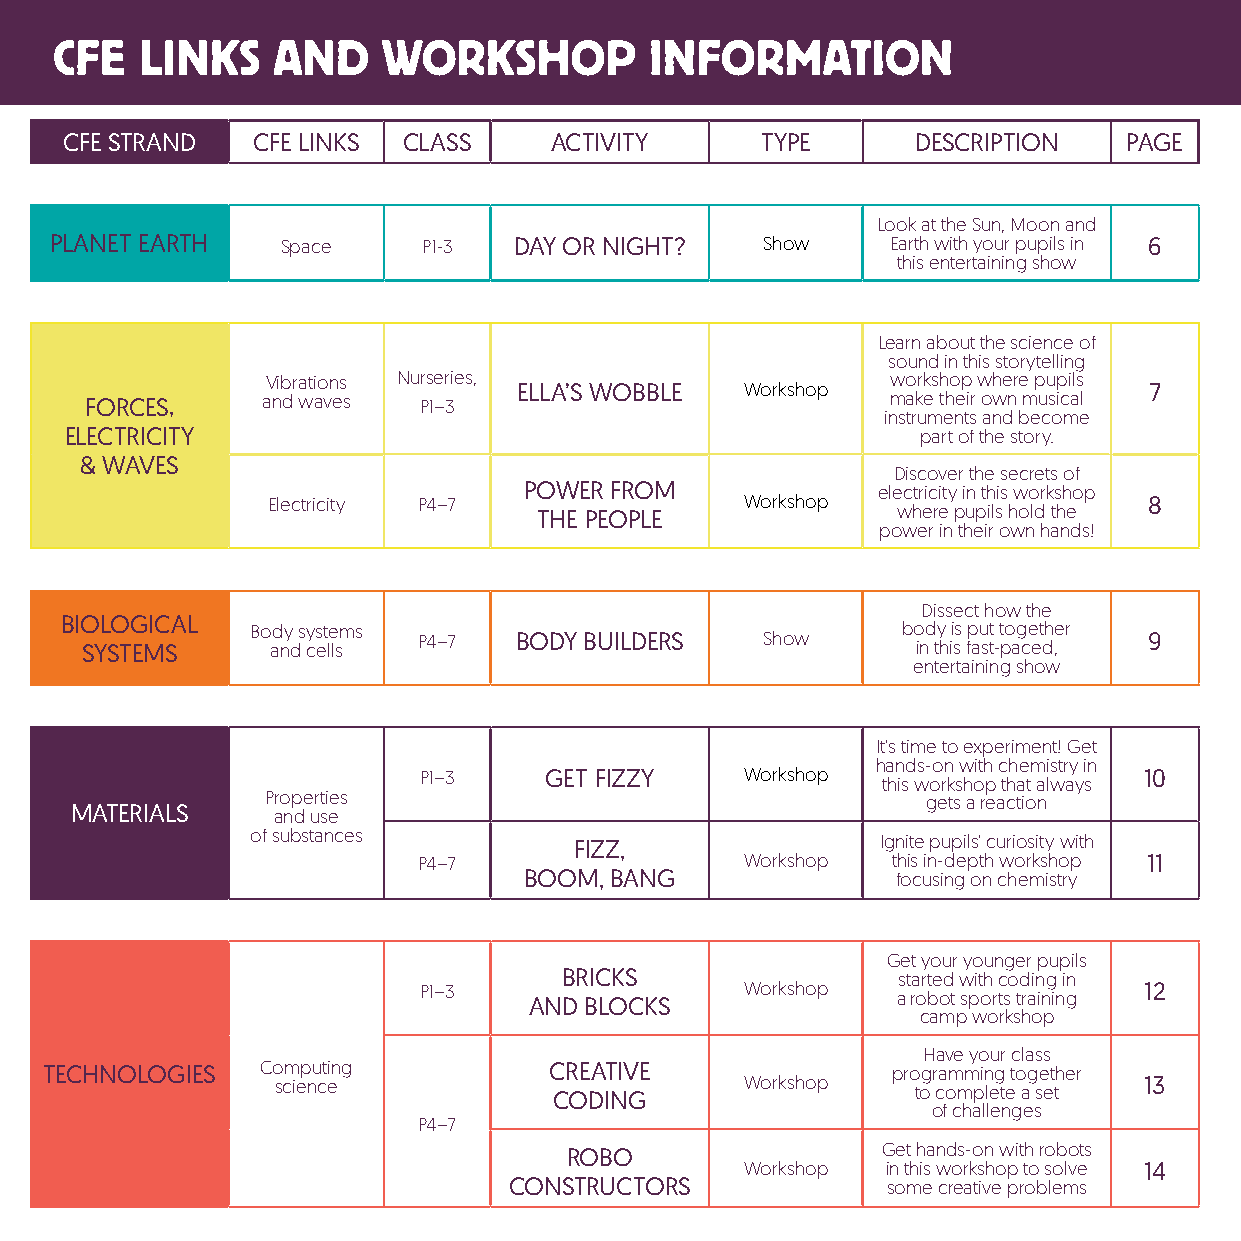
CFE  LINKS    AND    WORKSHOP          INFORMATION
 CFE STRAND   CFE LINKS CLASS    ACTIVITY      TYPE       DESCRIPTION   PAGE
 Look at the Sun, Moon and
 PLANET EARTH    Space    P1-3  DAY OR NIGHT?   Show     Earth with your pupils in 6
 this entertaining show
 Learn about the science of
 sound in this storytelling
 Vibrations Nurseries,                    workshop where pupils
 ELLA’S WOBBLE  Workshop                   7
 FORCES,    and waves  P1–3                           make their own musical
 instruments and become
 ELECTRICITY                                              part of the story.
 & WAVES
 Discover the secrets of
 POWER FROM             electricity in this workshop
 Electricity P4–7               Workshop                   8
 THE PEOPLE             where pupils hold the
 power in their own hands!
 Dissect how the
 BIOLOGICAL
 Body systems                               body is put together
 P4–7  BODY BUILDERS   Show                      9
 SYSTEMS      and cells                                  in this fast-paced,
 entertaining show
 It’s time to experiment! Get
 hands-on with chemistry in
 P1–3    GET FIZZY    Workshop                   10
 this workshop that always
 Properties                                 gets a reaction
 MATERIALS    and use
 of substances
 FIZZ,               Ignite pupils’ curiosity with
 P4–7                 Workshop  this in-depth workshop 11
 BOOM, BANG              focusing on chemistry
 Get your younger pupils
 BRICKS                started with coding in
 P1–3                 Workshop                   12
 AND BLOCKS              a robot sports training
 camp workshop
 Have your class
 TECHNOLOGIES  Computing          CREATIVE               programming together
 science            CODING      Workshop    to complete a set 13
 of challenges
 P4–7
 ROBO                 Get hands-on with robots
 Workshop  in this workshop to solve 14
 CONSTRUCTORS             some creative problems